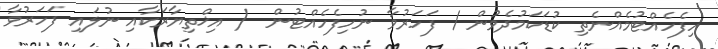
ހިފެހެއްޓުމެއްނެތި ކުޑަކަމުދެވުން / ފަހަރުވާ ނުހިފެހެއްޓުން  ( އިޚްތިޔާރަކާއި ނުލައި ފަހަރުވާ